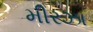
મીરઝા